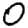
Digit: 0